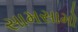
સામસામો